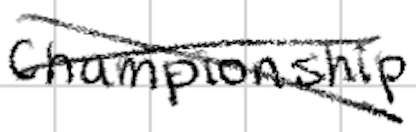
Text: Championship.
Cross-out: cross
Writing tool: digital_black